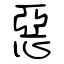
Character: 惡